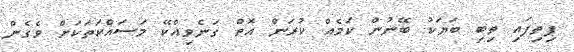
ފިތިފައި ތިބި ބަޔަކު ބޭނުން ކަމެއް ކުރަން އޮތް ގަނެވިއްކޭ މަސައްކަތަކަށް ވެގެން